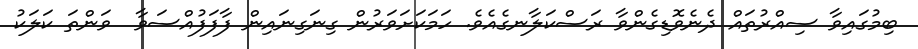
ބިމުގައިވާ ސިއްރުތައް ދެނެވޮޑިގެންވާ ރަސްކަލާނގެއެވެ. ހަމަކަށަވަރުން ގިނަގިނައިން ފާފަފުއްސަވާ  ވަންތަ ކަލަކު